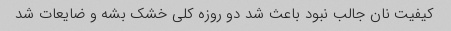
کیفیت نان جالب نبود باعث شد دو روزه کلی خشک بشه و ضایعات شد